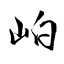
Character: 岶